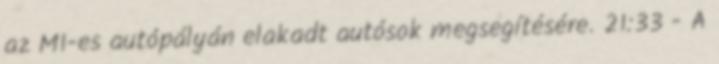
az M1-es autópályán elakadt autósok megsegítésére. 21:33 - A